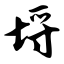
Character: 埒